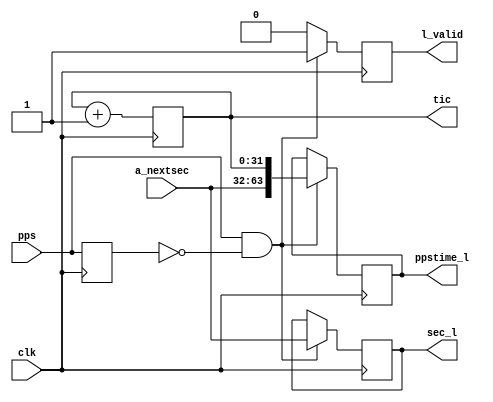

module timebase
  (
   input 	     clk,
   input [31:0]      a_nextsec,
   input 	     pps,
   output reg [31:0] tic,
   output reg [31:0] sec_l,
   output reg [63:0] ppstime_l,
   output reg 	     l_valid
   );

   reg 		     pps_t1;
   
   always @(posedge clk) begin
      pps_t1 <= pps;
      
      tic <= tic + 'b1;

      if (pps && !pps_t1) 
	ppstime_l <= {a_nextsec, tic};

      if (pps && !pps_t1)
	sec_l <= a_nextsec;
      
      if (pps && !pps_t1)
	l_valid <= 1;
      else
	l_valid <= 0;
   end	 

endmodule